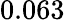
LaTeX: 0.063